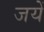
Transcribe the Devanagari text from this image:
जयें